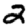
Digit: 2